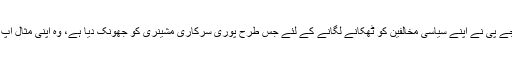
بی جے پی نے اپنے سیاسی مخالفین کو ٹھکانے لگانے کے لئے جس طرح پوری سرکاری مشینری کو جھونک دیا ہے، وہ اپنی مثال آپ ہے۔